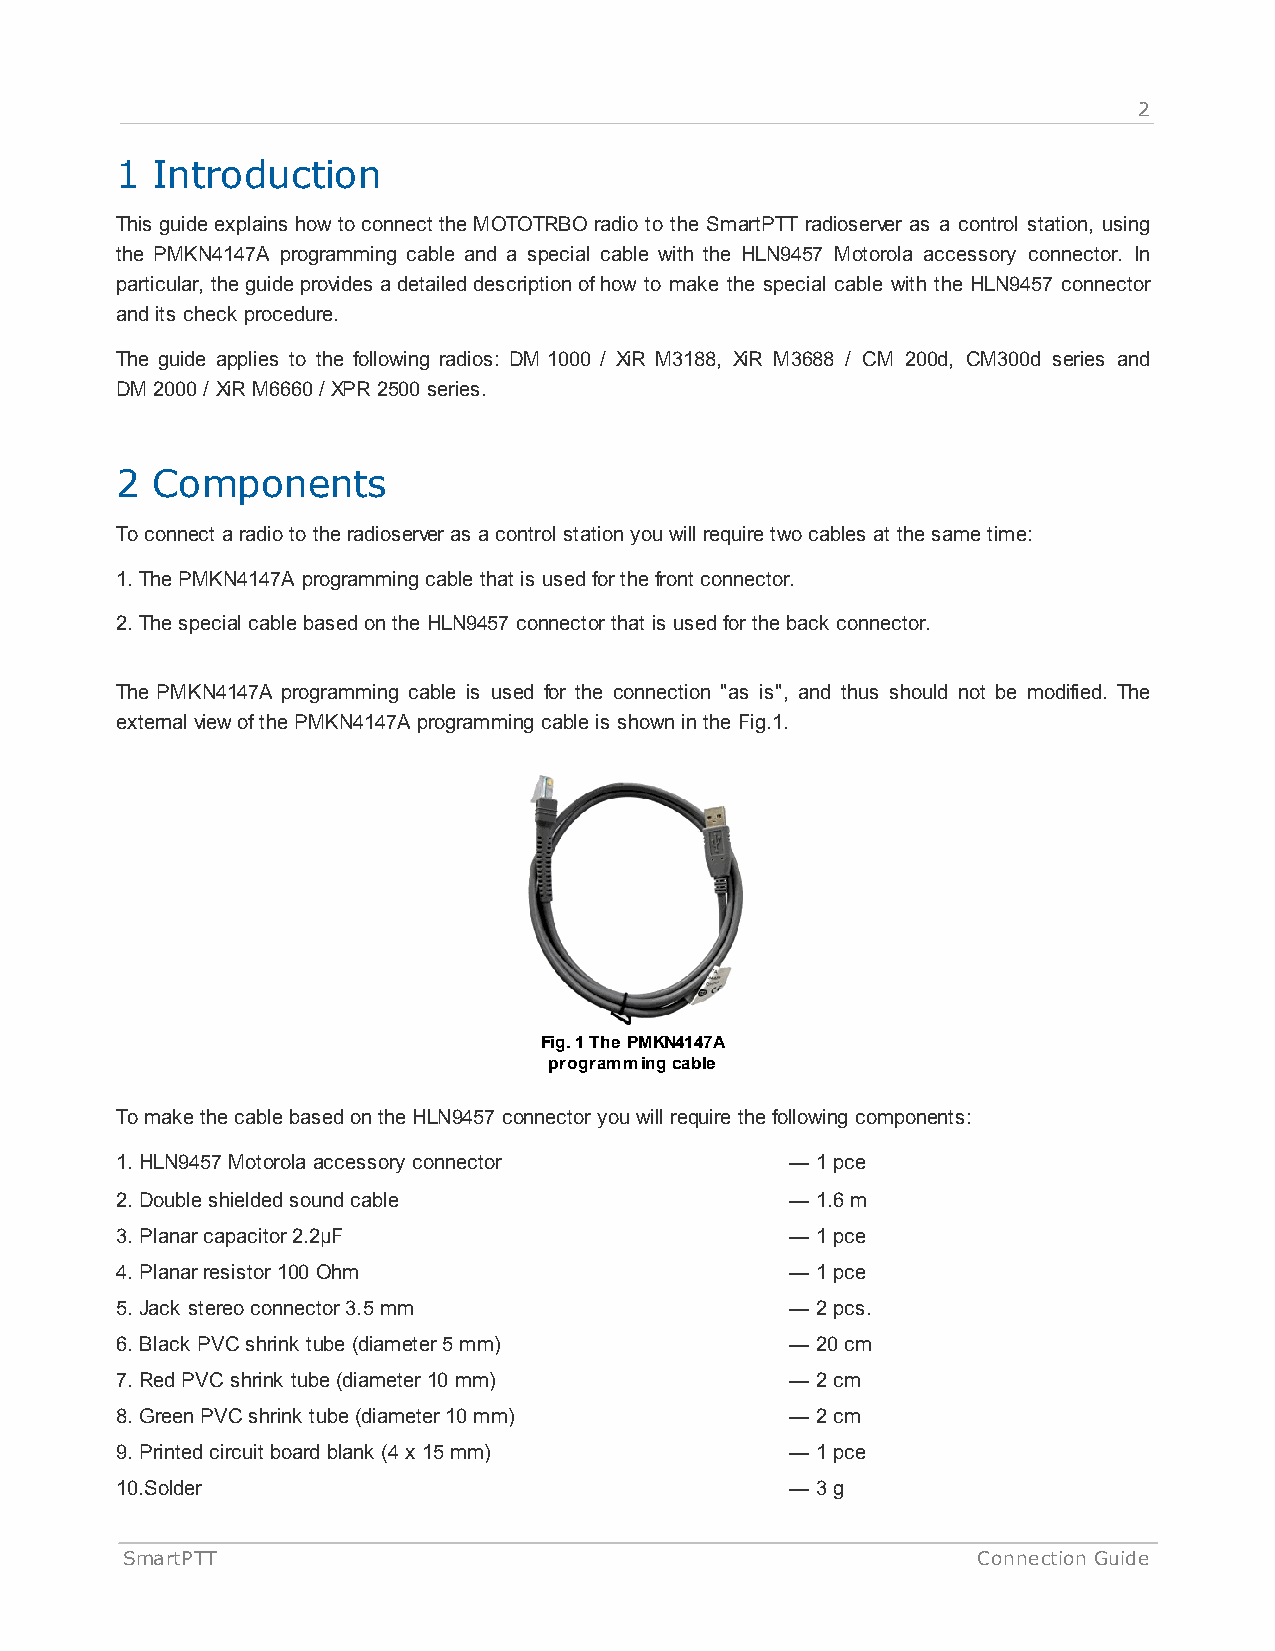
2
 1 Introduction
 This guide explains how to connect the MOTOTRBO radio to the SmartPTT radioserver as a control station, using
 the PMKN4147A programming cable and a special cable with the HLN9457 Motorola accessory connector. In
 particular, the guide provides a detailed description of how to make the special cable with the HLN9457 connector
 and its check procedure.
 The guide applies to the following radios: DM 1000 / XiR M3188, XiR M3688 / CM 200d, CM300d series and
 DM 2000 / XiR M6660 / XPR 2500 series.
 2 Components
 To connect a radio to the radioserver as a control station you will require two cables at the same time:
 1. The PMKN4147A programming cable that is used for the front connector.
 2. The special cable based on the HLN9457 connector that is used for the back connector.
 The PMKN4147A programming cable is used for the connection "as is", and thus should not be modified. The
 external view of the PMKN4147A programming cable is shown in the Fig.1.
 Fig. 1 The PMKN4147A
 programming cable
 To make the cable based on the HLN9457 connector you will require the following components:
 1. HLN9457 Motorola accessory connector     — 1 pce
 2. Double shielded sound cable              — 1.6 m
 3. Planar capacitor 2.2µF                   — 1 pce
 4. Planar resistor 100 Ohm                  — 1 pce
 5. Jack stereo connector 3.5 mm             — 2 pcs.
 6. Black PVC shrink tube (diameter 5 mm)    — 20 cm
 7. Red PVC shrink tube (diameter 10 mm)     — 2 cm
 8. Green PVC shrink tube (diameter 10 mm)   — 2 cm
 9. Printed circuit board blank (4 x 15 mm)  — 1 pce
 10.Solder                                   — 3 g
 SmartPTT                                                 Connection Guide